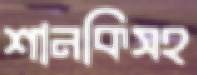
শানকিসহ